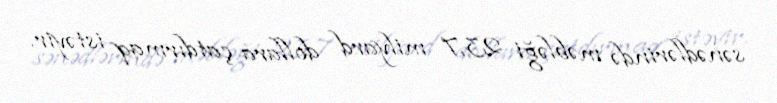
sənədlərində məbləği 23,7 milyard dollara çatdırmaq istəyir.